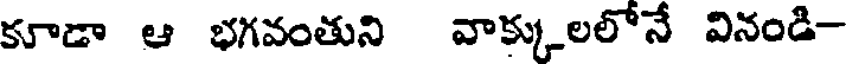
కూడా ఆ భగవంతుని వాక్కులలోనే వినండి-